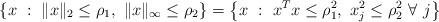
LaTeX: \begin{align*} \left\{ x \ : \ \| x \|_2 \le \rho_1, \ \| x \|_\infty \le \rho_2 \right\} = \left\{ x \ : \ x^T x \le \rho_1^2, \ x_j^2 \le \rho_2^2 \ \forall \ j \right\}\end{align*}